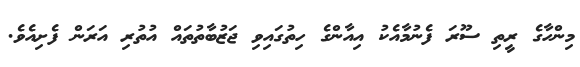
މިންހާގެ ރީތި ސޫރަ ފެނުމާއެކު އިއާންގެ ހިތުގައިވި ޖަޒުބާތުތައް އުތުރި އަރަން ފެށިއެވެ.